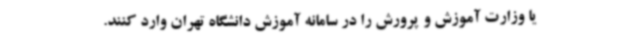
یا وزارت آموزش و پرورش را در سامانه آموزش دانشگاه تهران وارد کنند.